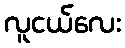
လူငယ်လေး